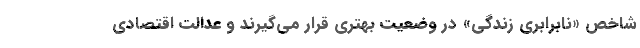
شاخص «نابرابری زندگی» در وضعیت بهتری قرار می‌گیرند و عدالت اقتصادی